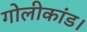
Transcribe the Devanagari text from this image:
गोलीकांड।